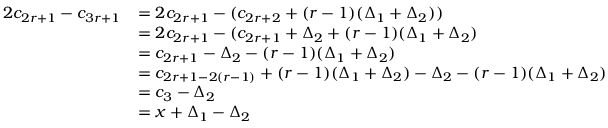
\begin{array} { r l } { 2 c _ { 2 r + 1 } - c _ { 3 r + 1 } } & { = 2 c _ { 2 r + 1 } - ( c _ { 2 r + 2 } + ( r - 1 ) ( \Delta _ { 1 } + \Delta _ { 2 } ) ) } \\ & { = 2 c _ { 2 r + 1 } - ( c _ { 2 r + 1 } + \Delta _ { 2 } + ( r - 1 ) ( \Delta _ { 1 } + \Delta _ { 2 } ) } \\ & { = c _ { 2 r + 1 } - \Delta _ { 2 } - ( r - 1 ) ( \Delta _ { 1 } + \Delta _ { 2 } ) } \\ & { = c _ { 2 r + 1 - 2 ( r - 1 ) } + ( r - 1 ) ( \Delta _ { 1 } + \Delta _ { 2 } ) - \Delta _ { 2 } - ( r - 1 ) ( \Delta _ { 1 } + \Delta _ { 2 } ) } \\ & { = c _ { 3 } - \Delta _ { 2 } } \\ & { = x + \Delta _ { 1 } - \Delta _ { 2 } } \end{array}